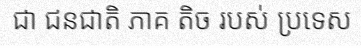
ជា ជនជាតិ ភាគ តិច របស់ ប្រទេស